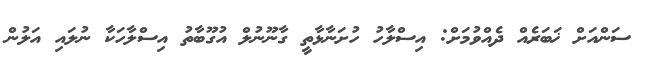
ސަންއަށް ޚަބަރެއް ދެއްވުމަށް: އިސްލާހު ހުށަނާޅާތީ ގާނޫނުލް އުގޫބާތު އިސްލާހަކާ ނުލައި އަލުން